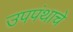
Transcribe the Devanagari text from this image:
उपपंथाचे